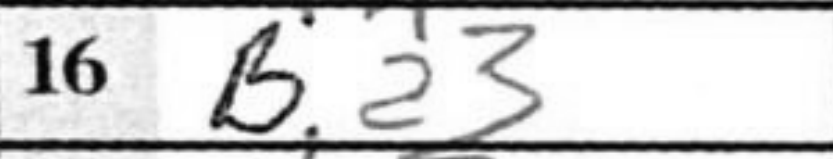
Transcription: Ba3